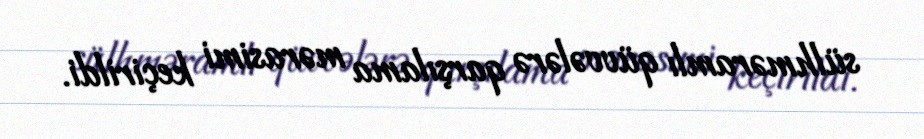
sülhməramlı qüvvələrə qarşılama mərasimi keçirildi.